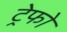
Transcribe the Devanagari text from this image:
ट्रेफो